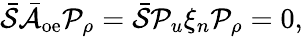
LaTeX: \bar{\mathcal{S}}\bar{\mathcal{A}}_{\mathrm{oe}}\mathcal{P}_{\rho}=\bar{\mathcal{S}}\mathcal{P}_{u}\xi_{n}\mathcal{P}_{\rho}=0,